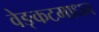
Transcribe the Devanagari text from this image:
वेङ्कटमाधव